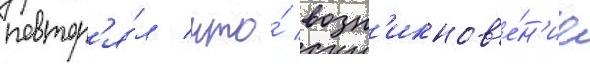
повтор'я́л / что́ возн'икнов'е́н'ие